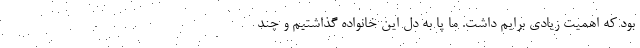
بود که اهمیت زیادی برایم داشت. ما پا به دل این خانواده گذاشتیم و چند